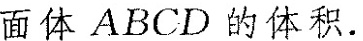
面体ABCD的体积。